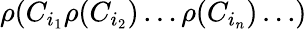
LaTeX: \rho(C_{i_{1}}\rho(C_{i_{2}})\dots\rho(C_{i_{n}})\dots)